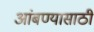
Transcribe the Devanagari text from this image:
आंबण्यासाठी